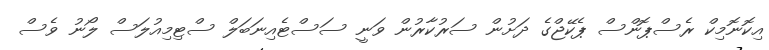
އިކޮނޮމިކް ރެސްޕޮންސް ޕެކޭޖްގެ ދަށުން ސަރުކާރުން ވަނީ ސަސްޓެއިނަބަލް ސްޓިމިއުލަސް ލޯނު ވެސް